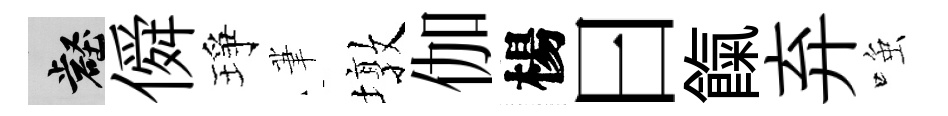
壑僢琤茟墩伽楊曰餼弃𫪻